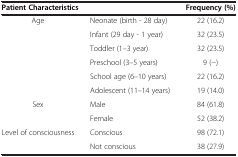
<table><thead><tr><td colspan="2"><b>Patient Characteristics</b></td><td><b>Frequency (%)</b></td></tr></thead><tbody><tr><td rowspan="6">Age</td><td>Neonate (birth - 28 day)</td><td>22 (16.2)</td></tr><tr><td>Infant (29 day - 1 year)</td><td>32 (23.5)</td></tr><tr><td>Toddler (1–3 year)</td><td>32 (23.5)</td></tr><tr><td>Preschool (3–5 years)</td><td>9 (−)</td></tr><tr><td>School age (6–10 years)</td><td>22 (16.2)</td></tr><tr><td>Adolescent (11–14 years)</td><td>19 (14.0)</td></tr><tr><td rowspan="2">Sex</td><td>Male</td><td>84 (61.8)</td></tr><tr><td>Female</td><td>52 (38.2)</td></tr><tr><td rowspan="2">Level of consciousness</td><td>Conscious</td><td>98 (72.1)</td></tr><tr><td>Not conscious</td><td>38 (27.9)</td></tr></tbody></table>